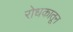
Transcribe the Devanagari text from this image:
रोधकातून